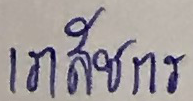
เภสัชกร